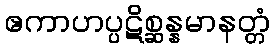
ဧကာဟပ္ပဋိစ္ဆန္နမာနတ္တံ